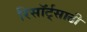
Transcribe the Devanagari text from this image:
रिसॉर्ट्‌साठी